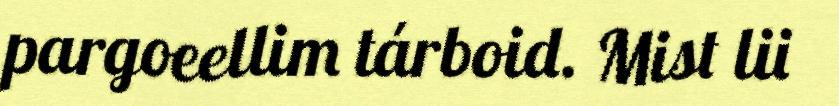
pargoeellim tárboid. Mist lii